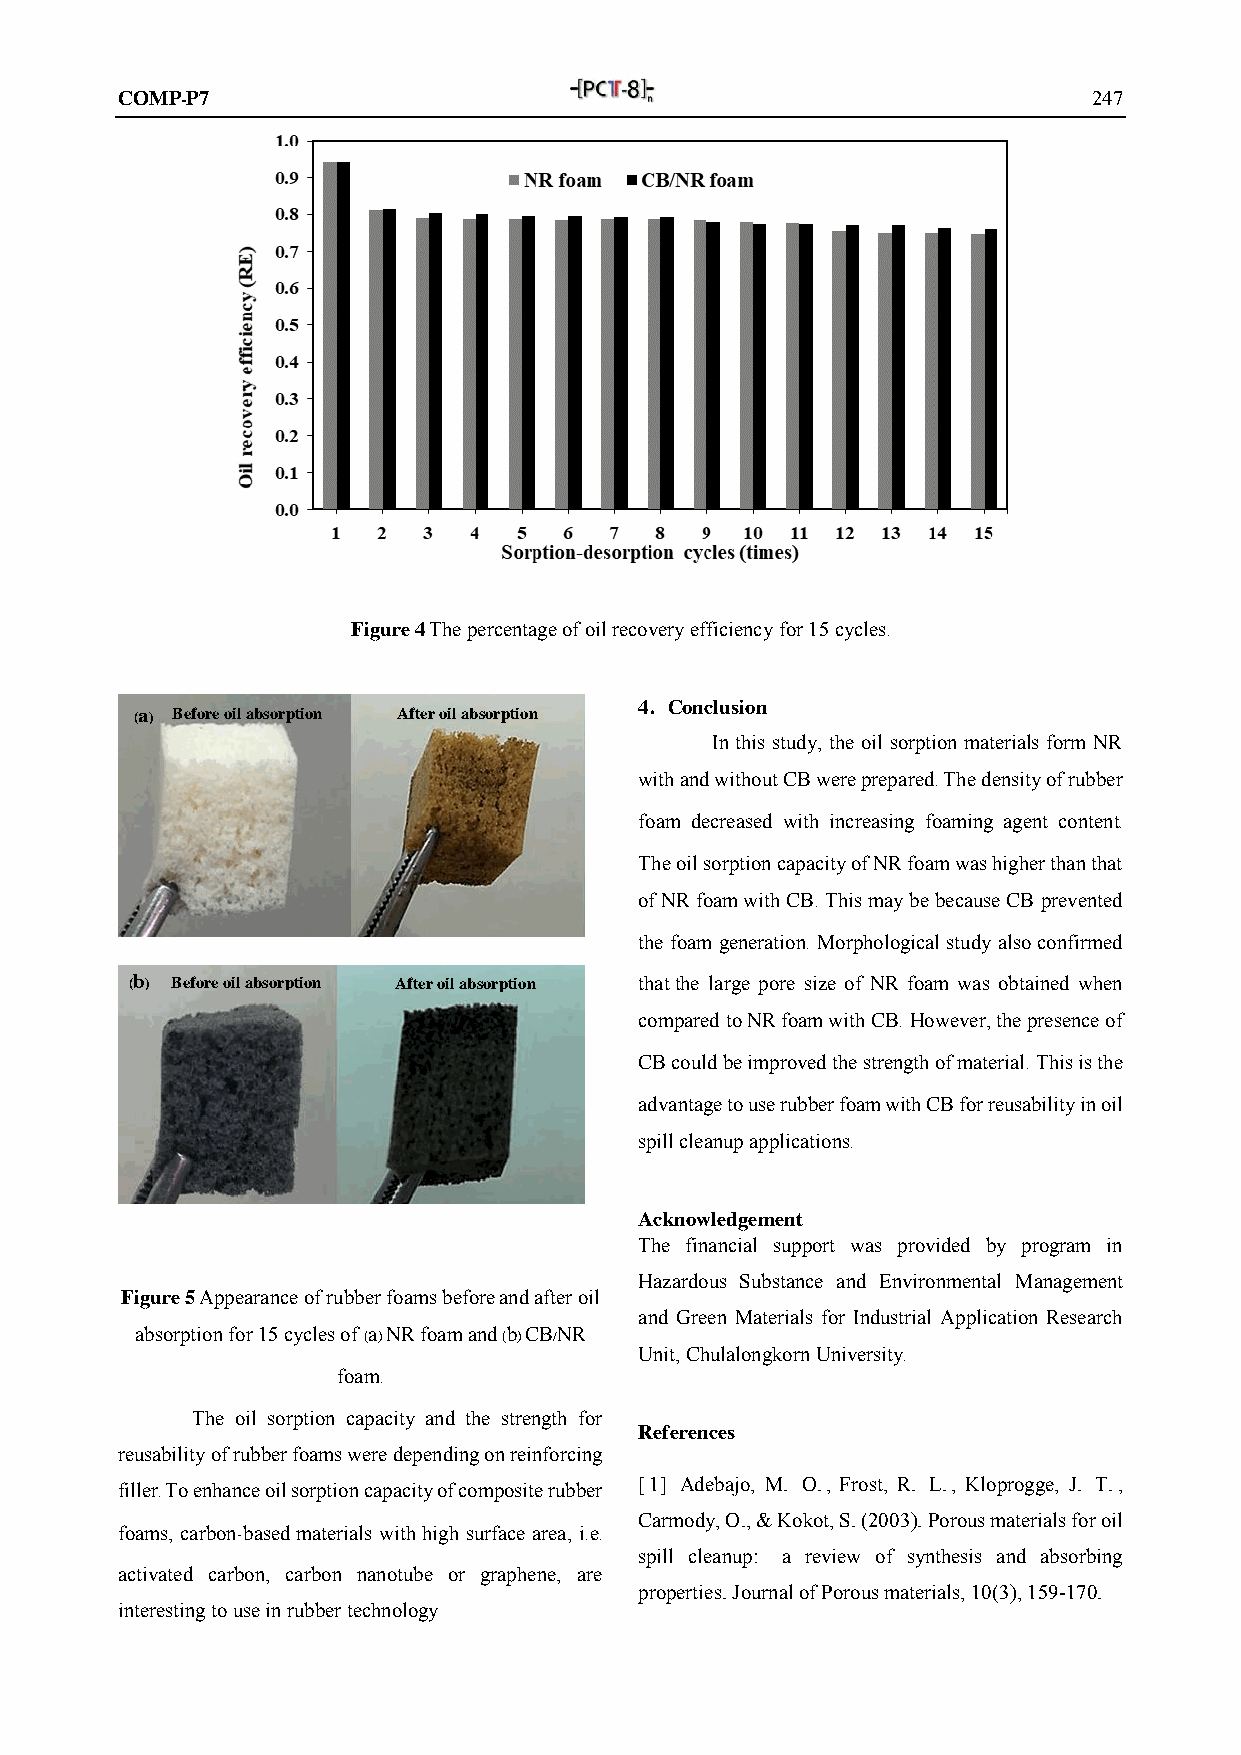
COMP-P7                                                         247
 Figure 4 The percentage of oil recovery efficiency for 15 cycles.
 4. Conclusion
 (a) Before oil absorption After oil absorption
 In this study, the oil sorption materials form NR
 with and without CB were prepared. The density of rubber
 foam decreased with increasing foaming agent content.
 The oil sorption capacity of NR foam was higher than that
 of NR foam with CB. This may be because CB prevented
 the foam generation. Morphological study also confirmed
 (b) Before oil absorption After oil absorption that the large pore size of NR foam was obtained when
 compared to NR foam with CB. However, the presence of
 CB could be improved the strength of material. This is the
 advantage to use rubber foam with CB for reusability in oil
 spill cleanup applications.
 Acknowledgement
 The financial support was provided by program in
 Hazardous Substance and Environmental Management
 Figure 5 Appearance of rubber foams before and after oil
 and Green Materials for Industrial Application Research
 absorption for 15 cycles of (a) NR foam and (b) CB/NR
 Unit, Chulalongkorn University.
 foam.
 The oil sorption capacity and the strength for
 References
 reusability of rubber foams were depending on reinforcing
 filler. To enhance oil sorption capacity of composite rubber [1] Adebajo, M. O., Frost, R. L., Kloprogge, J. T.,
 Carmody, O., & Kokot, S. (2003). Porous materials for oil
 foams, carbon-based materials with high surface area, i.e.
 spill cleanup: a review of synthesis and absorbing
 activated carbon, carbon nanotube or graphene, are
 properties. Journal of Porous materials, 10(3), 159-170.
 interesting to use in rubber technology